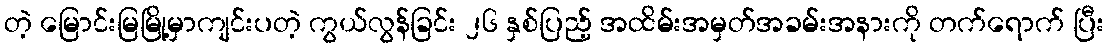
တဲ့ မြောင်းမြမြို့မှာကျင်းပတဲ့ ကွယ်လွန်ခြင်း ၂၆ နှစ်ပြည့် အထိမ်းအမှတ်အခမ်းအနားကို တက်ရောက် ပြီး